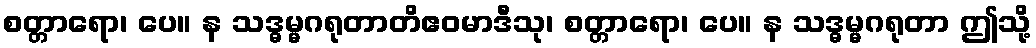
စတ္တာရော၊ ပေ။ န သဒ္ဓမ္မဂရုတာတိဧဝမာဒီသု၊ စတ္တာရော၊ ပေ။ န သဒ္ဓမ္မဂရုတာ ဤသို့